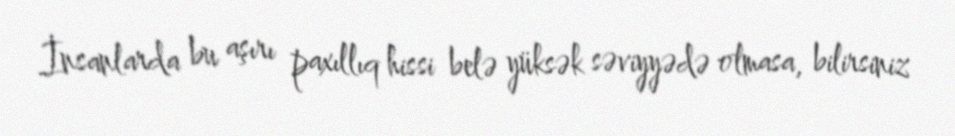
İnsanlarda bu aşırı paxıllıq hissi belə yüksək səviyyədə olmasa, bilirsiniz